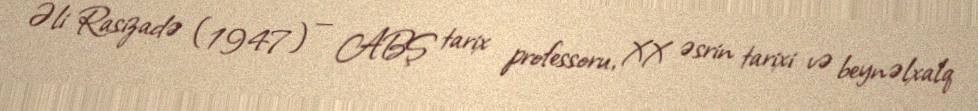
Əli Rasizadə (1947) — ABŞ tarix professoru, XX əsrin tarixi və beynəlxalq